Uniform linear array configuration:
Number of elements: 12
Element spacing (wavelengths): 1
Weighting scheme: cosine
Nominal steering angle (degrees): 15
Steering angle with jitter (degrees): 13.965
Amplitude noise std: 0.05
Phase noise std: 0.05

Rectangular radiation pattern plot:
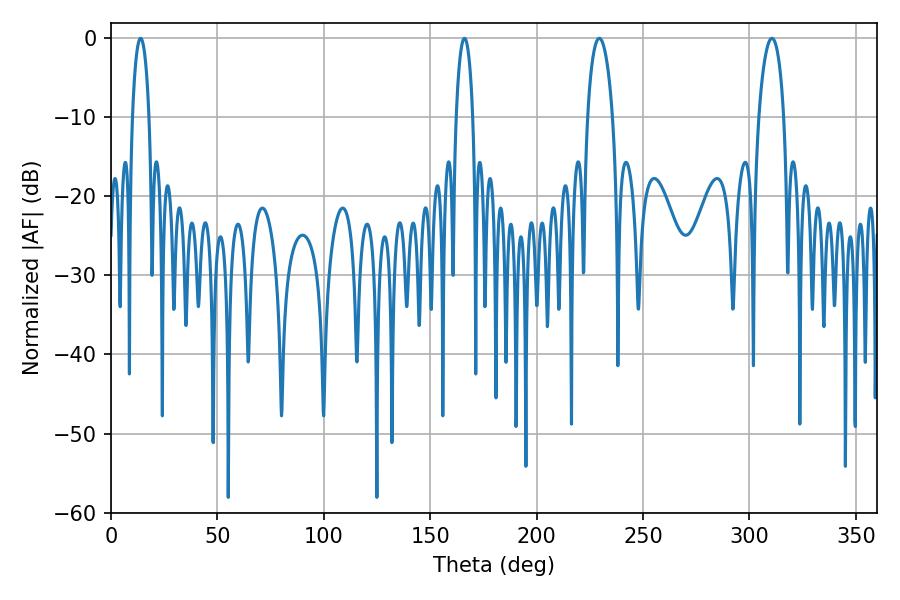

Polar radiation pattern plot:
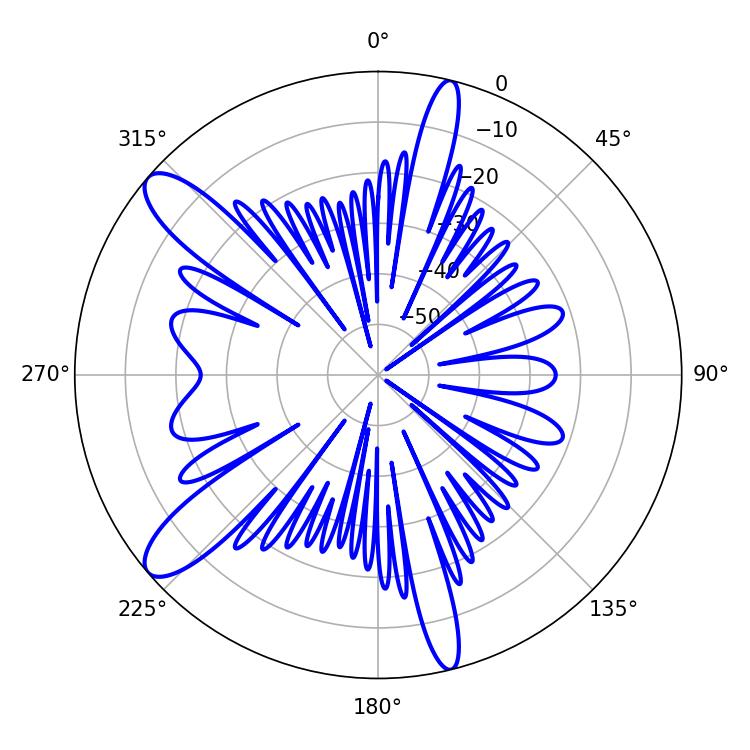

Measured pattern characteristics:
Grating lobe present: TRUE
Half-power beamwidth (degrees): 6.66
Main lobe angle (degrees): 310.5